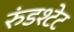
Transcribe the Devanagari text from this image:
रुंडश्टेट